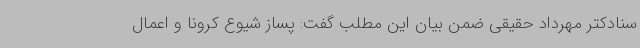
سنادکتر مهرداد حقیقی ضمن بیان این مطلب گفت: پساز شیوع کرونا و اعمال